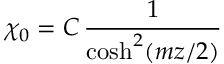
\chi _ { 0 } = C \, \frac { 1 } { \cosh ^ { 2 } ( m z / 2 ) }